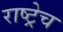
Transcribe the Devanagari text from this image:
राष्ट्रेच